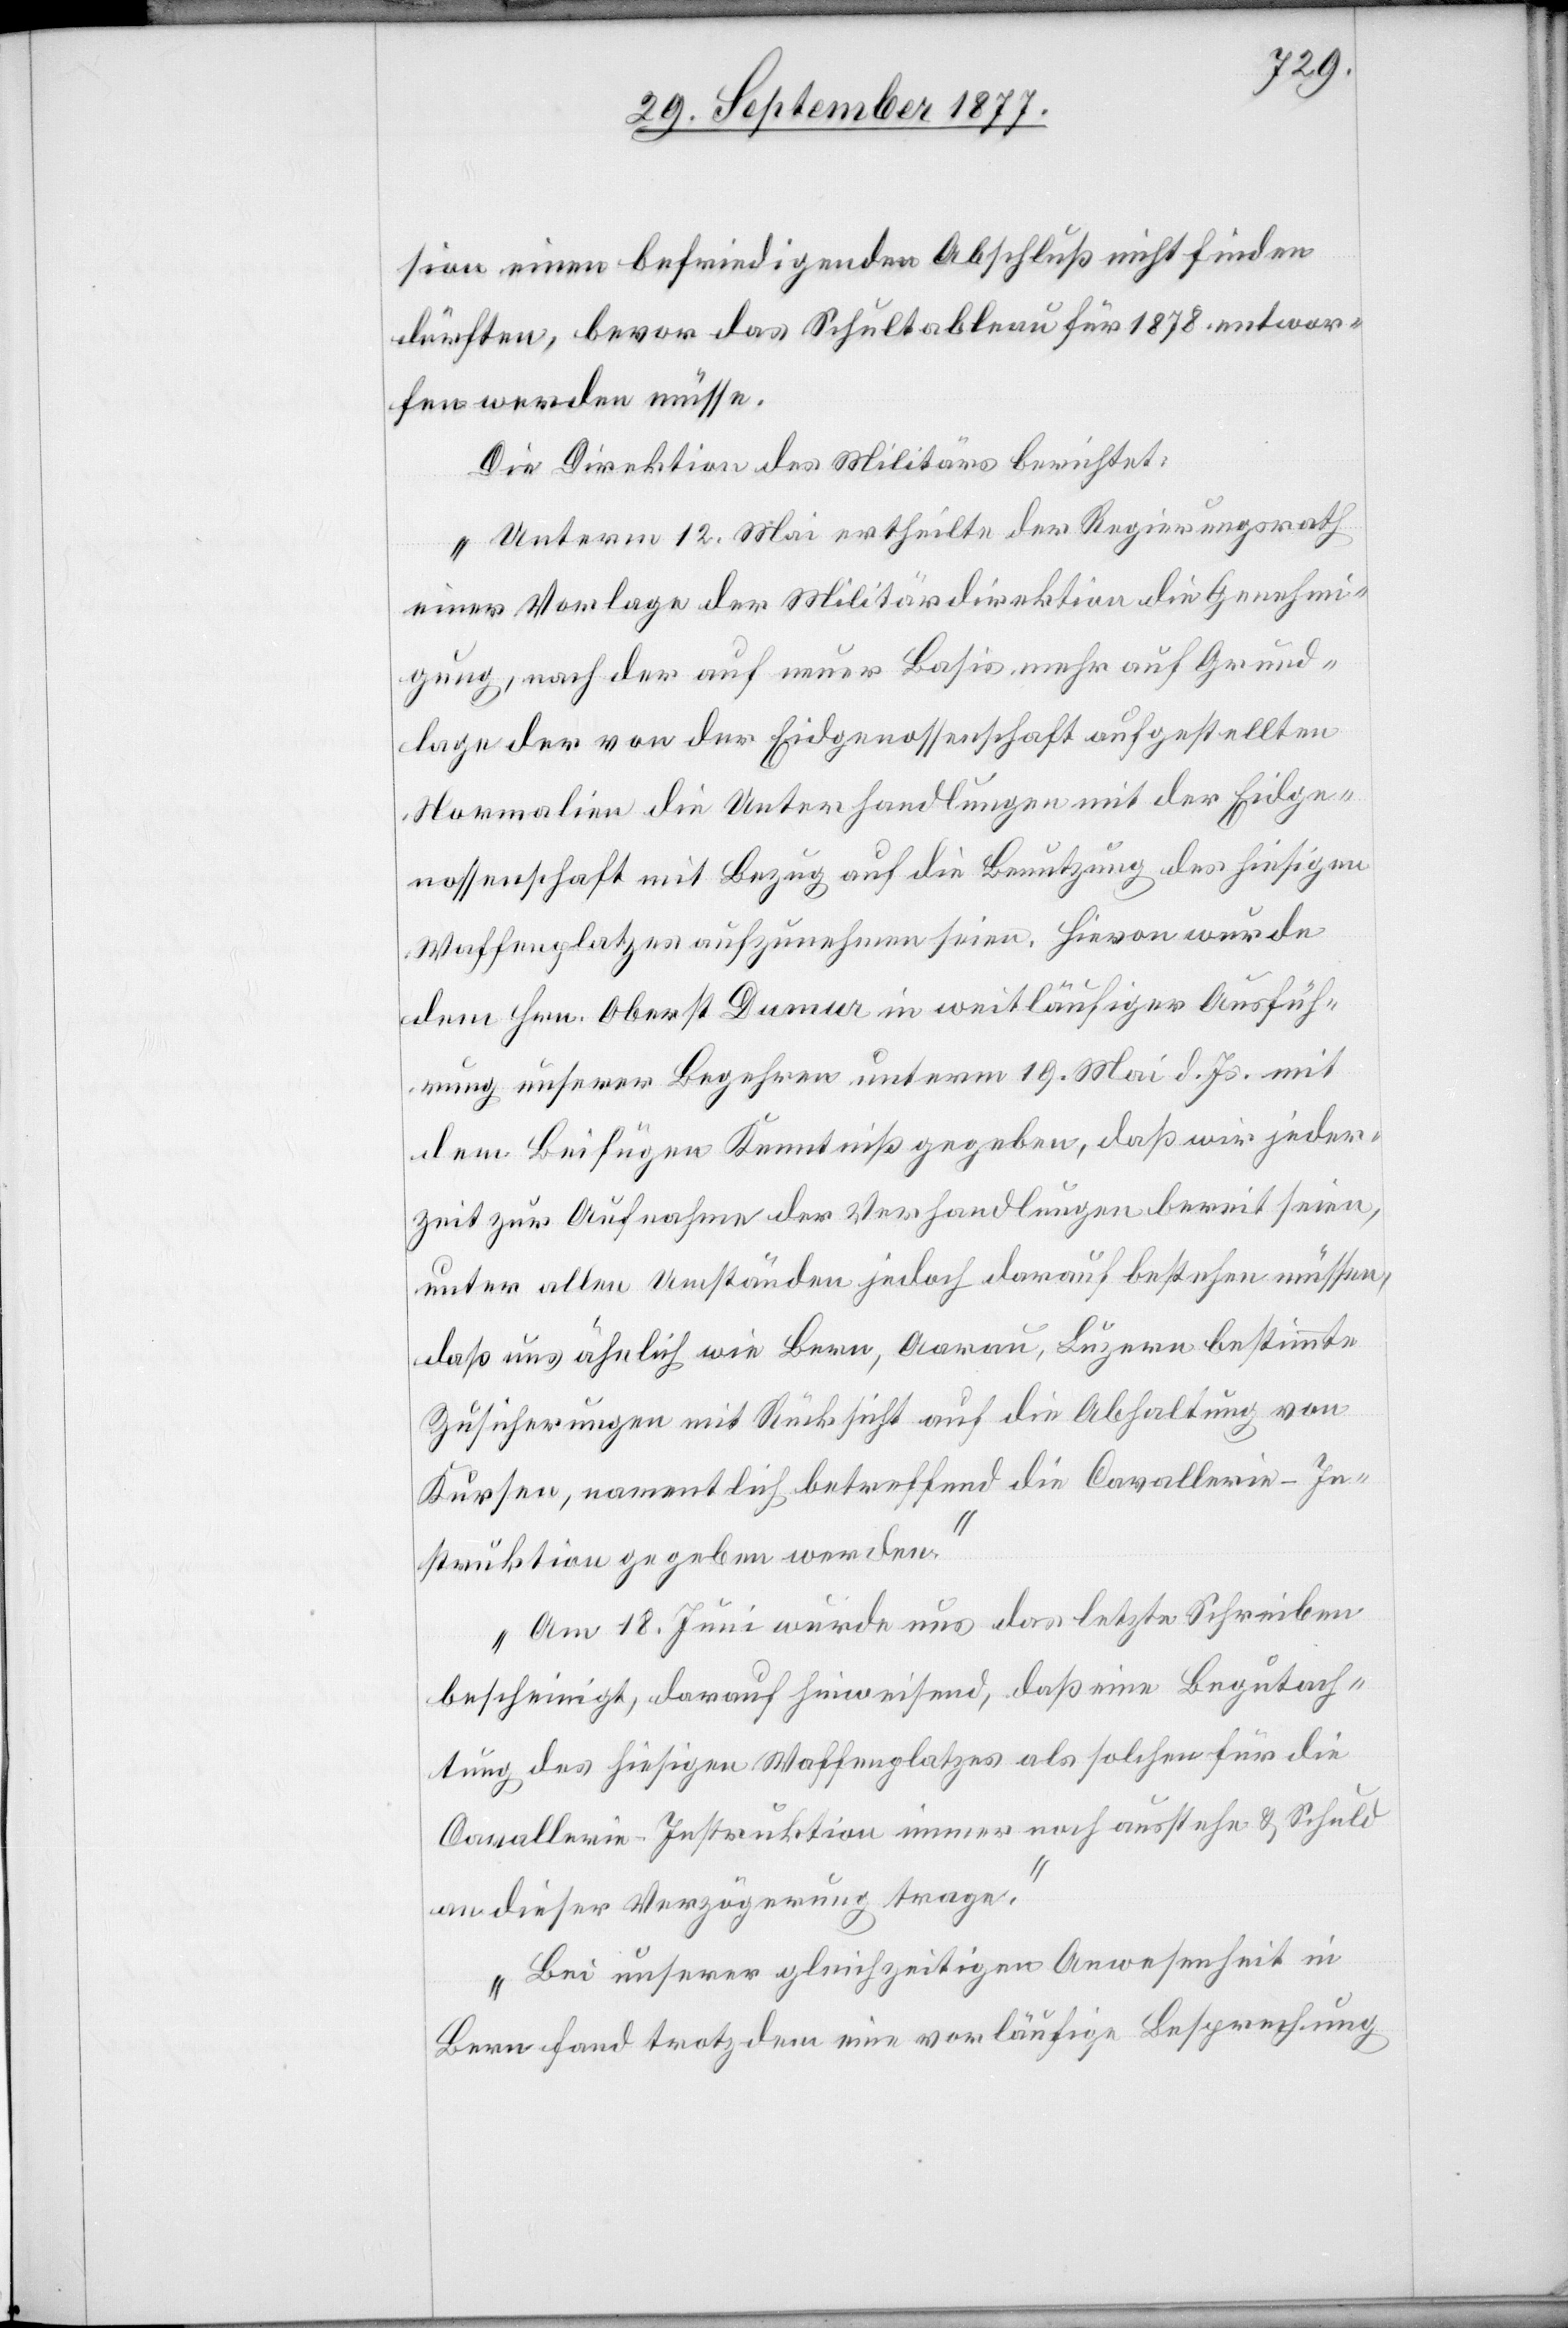
sion einen befriedigenden Abschluß nicht finden
dürften, bevor das Schultableau für 1878 entwor¬
fen werden müsse.
Die Direktion des Militärs berichtet:
„Unterm 12. Mai ertheilte der Regierungsrath
einer Vorlage der Militärdirektion die Genehmi¬
gung, nach der auf neuer Basis mehr auf Grund¬
lage der von der Eidgenossenschaft aufgestellten
Normalien die Unterhandlungen mit der Eidge¬
nossenschaft mit Bezug auf die Benutzung des hiesigen
Waffenplatzes aufzunehmen seien. Hievon wurde
dem Hrn. Oberst Dumur in weitläufiger Ausfüh¬
rung unserer Begehren unterm 19. Mai d. Js. mit
dem Beifügen Kenntniß gegeben, daß wir jeder¬
zeit zur Aufnahme der Verhandlungen bereit seien,
unter allen Umständen jedoch darauf bestehen müssen,
daß uns ähnlich wie Bern, Aar[g]au, Luzern bestimmte
Zusicherungen mit Rücksicht auf die Abhaltung von
Kursen, namentlich betreffend die Cavallerie-In¬
struktion gegeben werden.“
„Am 18. Juni wurde uns das letzte Schreiben
bescheinigt, darauf hinweisend, daß eine Begutach¬
tung des hiesigen Waffenplatzes als solchen für die
Cavallerie-Instruktion immer noch ausstehe & Schuld
an dieser Verzögerung trage.“
„Bei unserer gleichzeitigen Anwesenheit in
Bern fand trotzdem eine vorläufige Besprechung